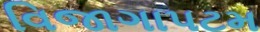
વિજાગાપટમ